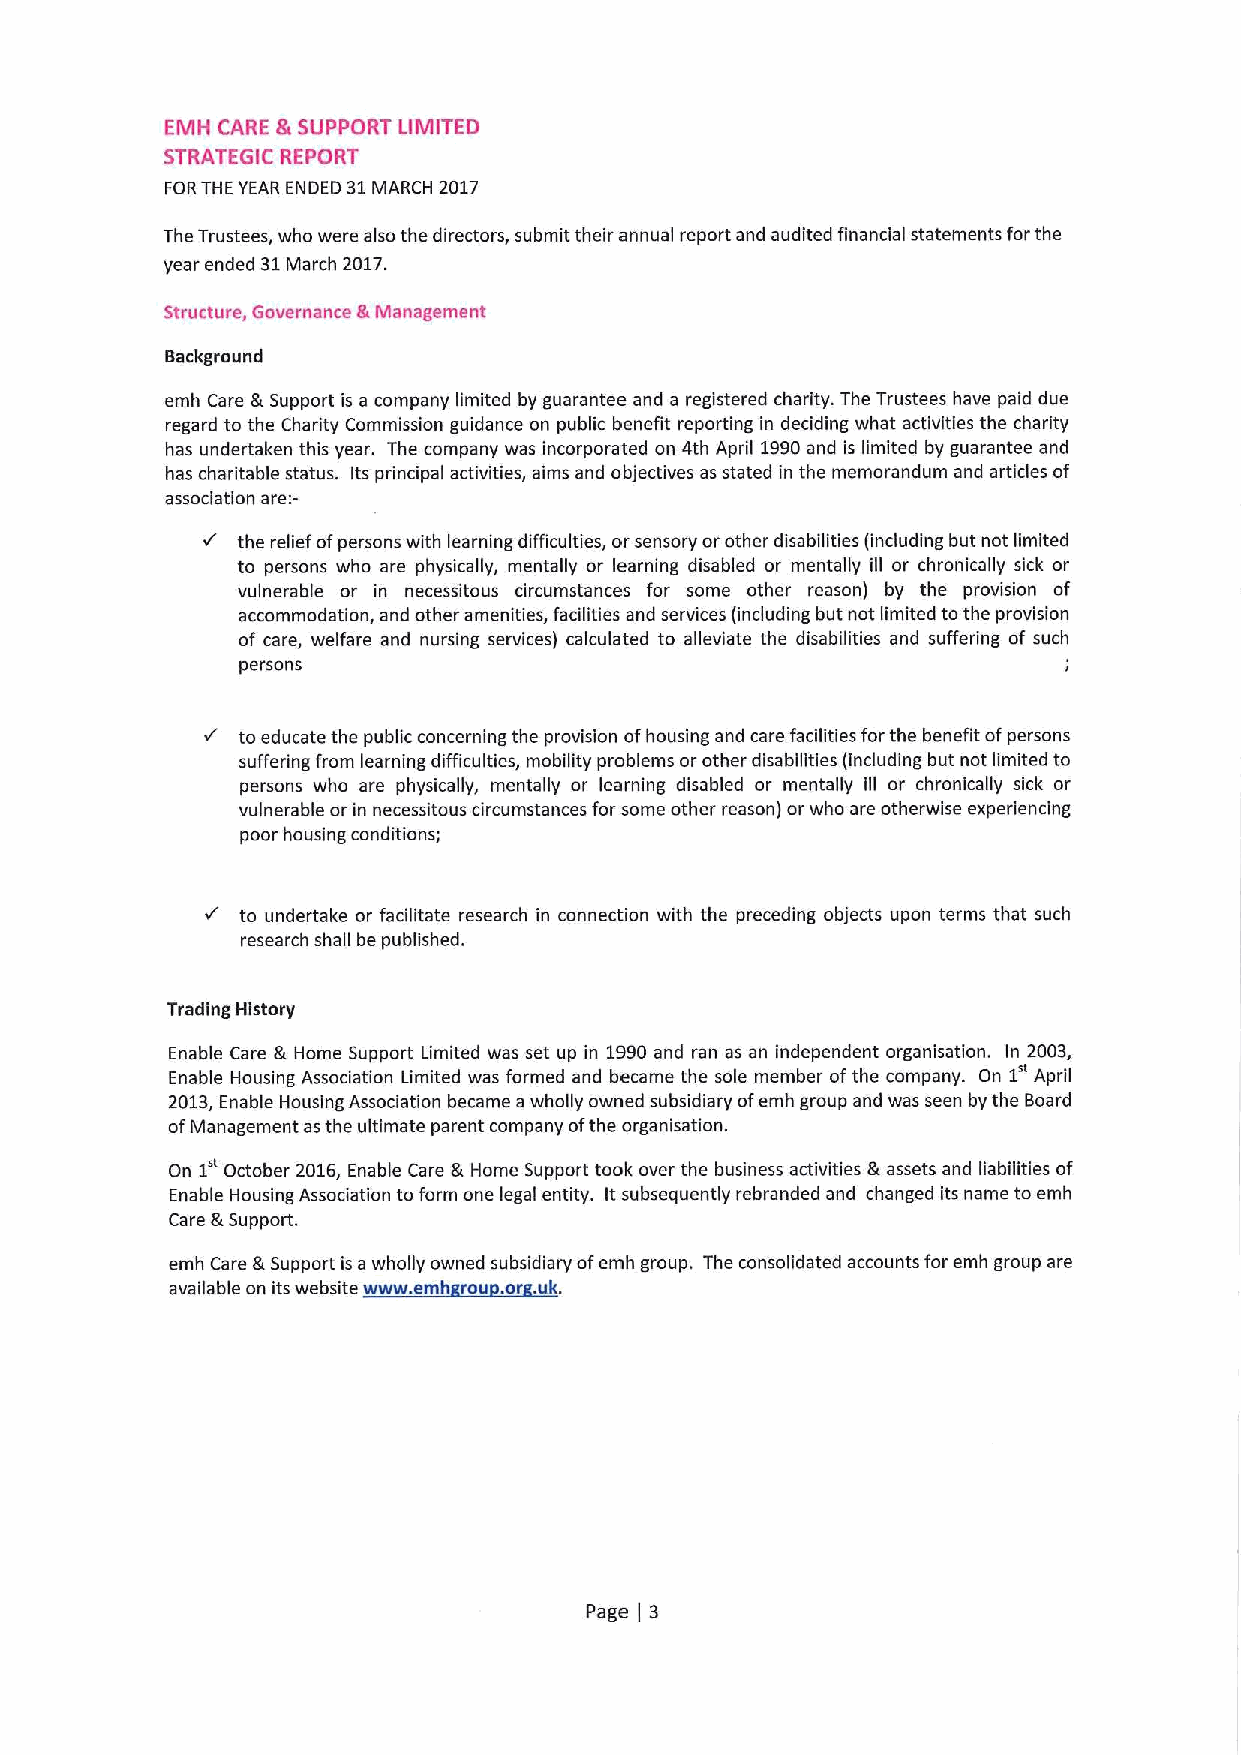
EMH CARE &SUPPORT LIMITED
 STRATEGIC REPORT
 FORTHE YEAR ENDED 31MARCH 2017
 The Trustees, who were also the directors, submit their annual report and audited financial statements forthe
 year ended 31March 2017.
 Structure, Governance 8 Management
 Background
 emh Care &Support is a company limited by guarantee and a registered charity. The Trustees have paid due
 regard to the Charity Commission guidance on public benefit reporting in deciding what activities the charity
 has undertaken this year. The company was incorporated on 4th April 1990and is limited by guarantee and
 has charitable status. Its principal activities, aims and objectives as stated in the memorandum and articles of
 association are;-
 the relief ofpersons with learning difficulties, or sensory or other disabilities (including but not limited
 to persons who are physically, mentally or learning disabled or mentally ill or chronically sick or
 vulnerable or in necessitous circumstances for some other reason) by the provision of
 accommodation, and other amenities, facilities and services (including but not limited to the provision
 of care, welfare and nursing services) calculated to alleviate the disabilities and suffering of such
 persons
 to educate the public concerning the provision ofhousing and care facilities forthe benefit ofpersons
 suffering from learning difficulties, mobility problems or other disabilities (including but not limited to
 persons who are physically, mentally or learning disabled or mentally ill or chronically sick or
 vulnerable or in necessitous circumstances forsome other reason) or who are otherwise experiencing
 poor housing conditions;
 to undertake or facilitate research in connection with the preceding objects upon terms that such
 research shall be published.
 Trading History
 Enable Care &Home Support Limited was set up in 1990and ran as an independent organisation. In 2003,
 1"
 Enable Housing Association Limited was formed and became the sole member ofthe company. On April
 2013,Enable Housing Association became awholly owned subsidiary ofemh group and was seen by the Board
 ofManagement asthe ultimate parent company ofthe organisation.
 1"
 On  October 2016, Enable Care &Home Support took over the business activities &assets and liabilities of
 Enable Housing Association to form one legal entity. Itsubsequently rebranded and changed its name to emh
 Care &Support.
 emh Care &Support is a wholly owned subsidiary ofemh group. The consolidated accounts for emh group are
 available on its website www. emh rou . or .uk.
 Page 3
 (